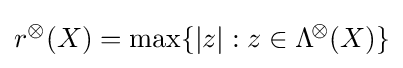
r^{\otimes }(X)=\max\{|z|:z\in \mathrm {\Lambda } ^{\!\otimes }\!\left(X\right)\}